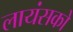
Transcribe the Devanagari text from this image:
लायंसको